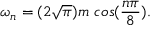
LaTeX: \omega _ { n } = ( 2 \sqrt { \pi } ) m \ c o s ( \frac { n \pi } { 8 } ) .